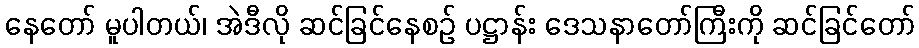
နေတော် မူပါတယ်၊ အဲဒီလို ဆင်ခြင်နေစဉ် ပဋ္ဌာန်း ဒေသနာတော်ကြီးကို ဆင်ခြင်တော်